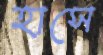
হাসে